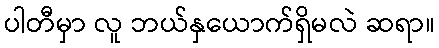
ပါတီမှာ လူ ဘယ်နှယောက်ရှိမလဲ ဆရာ။